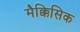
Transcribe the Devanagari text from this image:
मैक्किसिक